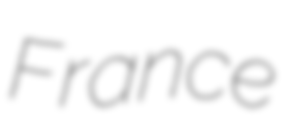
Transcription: France